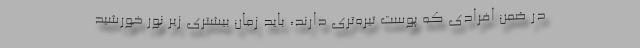
در ضمن افرادی که پوست تیره‌تری دارند، باید زمان بیشتری زیر نور خورشید